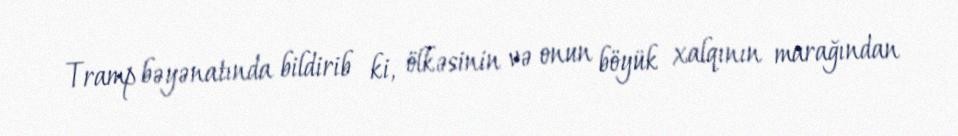
Tramp bəyənatında bildirib ki, ölkəsinin və onun böyük xalqının marağından